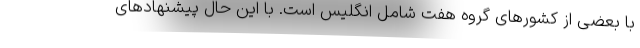
با بعضی از کشورهای گروه هفت شامل انگلیس است. با این حال پیشنهادهای